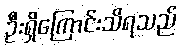
ဦးရှိကြောင်းသိရသည်